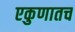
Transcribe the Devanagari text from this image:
एकुणातच